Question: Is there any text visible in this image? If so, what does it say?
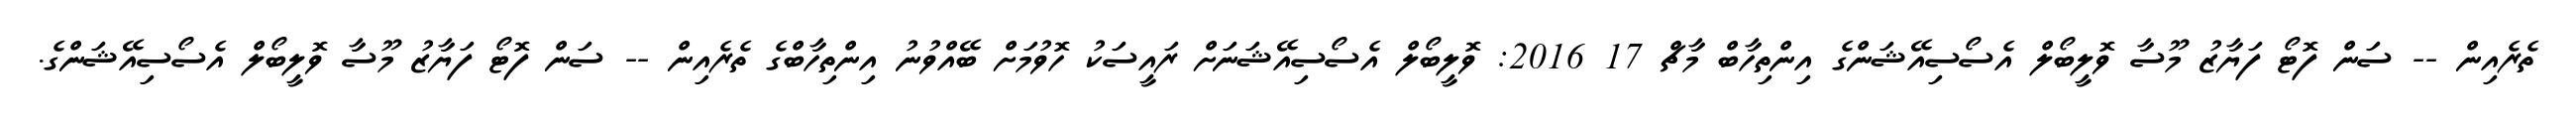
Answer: ތެރެއިން -- ސަން ފޮޓޯ ފަޔާޒު މޫސާ ވޮލީބޯލް އެސޯސިއޭޝަންގެ އިންތިހާބް މާޗް 17 2016: ވޮލީބޯލް އެސޯސިއޭޝަނަށް ރައީސަކު ހޮވުމަށް ބޭއްވުނު އިންތިހާބްގެ ތެރެއިން -- ސަން ފޮޓޯ ފަޔާޒު މޫސާ ވޮލީބޯލް އެސޯސިއޭޝަންގެ.